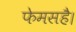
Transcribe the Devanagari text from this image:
फेमसहै।